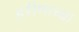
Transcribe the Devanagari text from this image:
हरीणाच्या